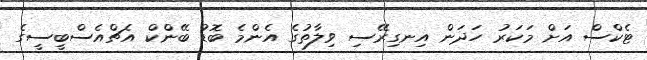
ޓެކްސް އަށް މަކަރު ހަދަން އިނގިރޭސި ވިލާތުގެ އެންމެ ބޮޑު ބޭންކް އެޗްއެސްބީސީގެ